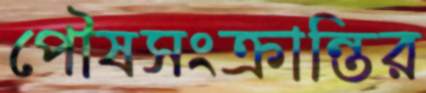
পৌষসংক্রান্তির